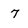
Character: 7